Sleeping sickness
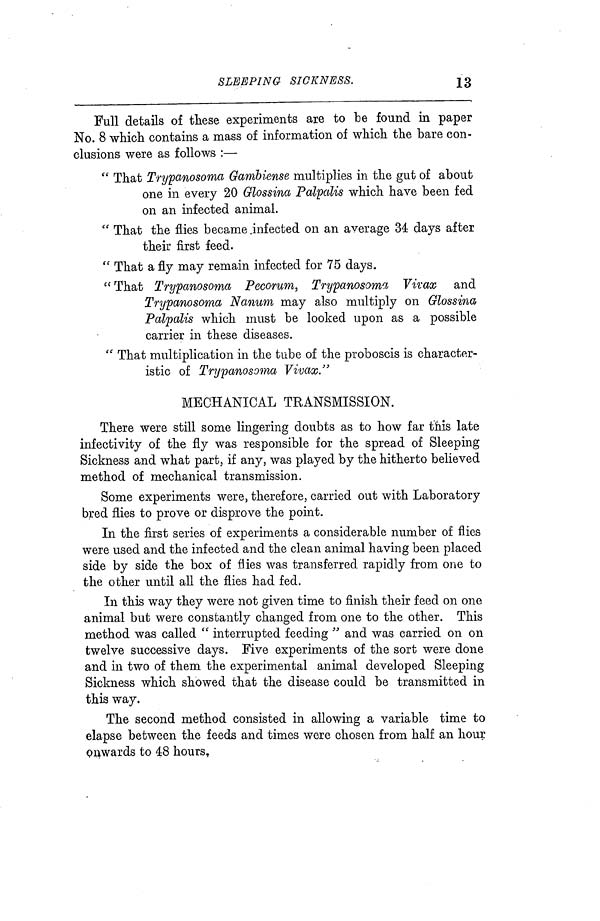
SLEEPING SICKNESS.
13
Full details of these experiments are to be found in paper
No. 8 which contains a mass of information of which the bare con-
clusions were as follows :—
" That Trypanosoma Gambiense multiplies in the gut of about
one in every 20 Glossina Palpalis which have been fed
on an infected animal.
" That the flies became .infected on an average 34 days after
their first feed.
" That a fly may remain infected for 75 days.
" That Trypanosoma Pecorum, Trypanosoma Vivax and
Trypanosoma Nanum may also multiply on Glossina
Palpalis which must be looked upon as a possible
carrier in these diseases.
" That multiplication in the tube of the proboscis is character-
istic of Trypanosoma Vivax."
MECHANICAL TRANSMISSION.
There were still some lingering doubts as to how far this late
infectivity of the fly was responsible for the spread of Sleeping
Sickness and what part, if any, was played by the hitherto believed
method of mechanical transmission.
Some experiments were, therefore, carried out with Laboratory
bred flies to prove or disprove the point.
In the first series of experiments a considerable number of flies
were used and the infected and the clean animal having been placed
side by side the box of flies was transferred rapidly from one to
the other until all the flies had fed.
In this way they were not given time to finish their feed on one
animal but were constantly changed from one to the other. This
method was called " interrupted feeding " and was carried on on
twelve successive days. Five experiments of the sort were done
and in two of them the experimental animal developed Sleeping
Sickness which showed that the disease could be transmitted in
this way.
The second method consisted in allowing a variable time to
elapse between the feeds and times were chosen from half an hour
pnwards to 48 hours.